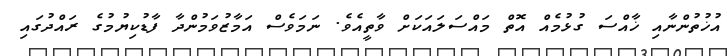
އުޚުތުންނާއި ޚާއްސަ ގުޅުމެއް އޮތް މައްސަލައަކަށް ވާތީއެވެ. ނަމަވެސް އަމާޒުވަމުންދާ ފާޑުކިޔުމުގެ ރައްދުގައި